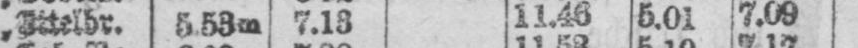
„ Ettelbr. 5.53m 7.13 11.46 5.01 7.09